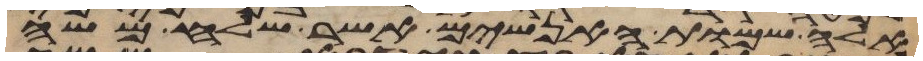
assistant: אלה שמות האנשים אשר שלח משה